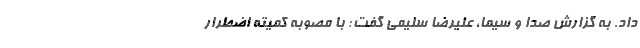
داد. به گزارش صدا و سیما، علیرضا سلیمی گفت: با مصوبه کمیته اضطرار